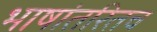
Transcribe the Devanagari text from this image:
भाषांतरितच